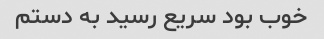
خوب بود سریع رسید به دستم